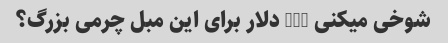
شوخی میکنی 100 دلار برای این مبل چرمی بزرگ؟